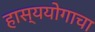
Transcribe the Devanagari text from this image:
हास्ययोगाचा